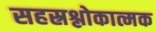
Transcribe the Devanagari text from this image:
सहस्रश्लोकात्मक